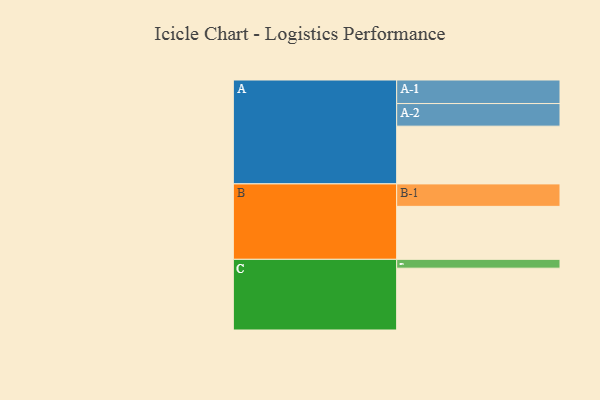
{"axis": {"x": "Segment", "y": "Value"}, "legend": ["", "A", "B", "C"], "data": [{"x": "A", "y": 424, "type": ""}, {"x": "B", "y": 389, "type": ""}, {"x": "C", "y": 454, "type": ""}, {"x": "A-1", "y": 173, "type": "A"}, {"x": "A-2", "y": 166, "type": "A"}, {"x": "B-1", "y": 165, "type": "B"}, {"x": "C-1", "y": 65, "type": "C"}]}